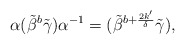
\begin{align*}\alpha (\tilde{\beta}^b \tilde{\gamma}) \alpha^{-1} =(\tilde{\beta}^{b+\frac{2k'}{\delta}} \tilde{\gamma}),\end{align*}